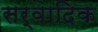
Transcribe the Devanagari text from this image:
सर्वादिक